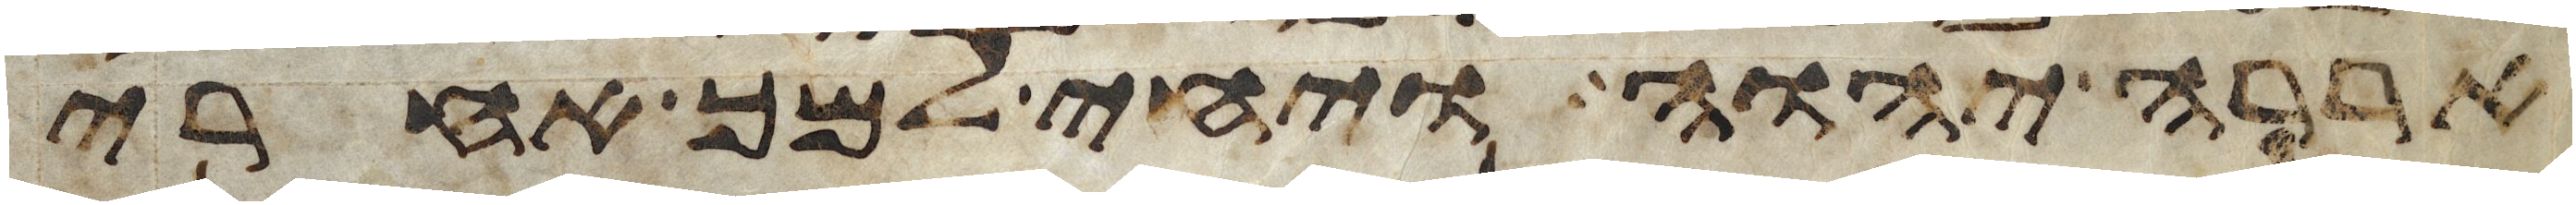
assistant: אררה יהוה ויחי למך אחרי